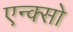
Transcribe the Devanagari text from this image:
एन्क्सो